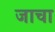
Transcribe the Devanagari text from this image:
जाचा